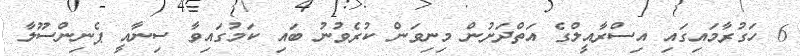
6 ހަގުރާމައިގައި އިސްރާއީލްގެ އަތްދަށުން މިނިވަން ކުރެވުނު ބައި ކަމުގައިވާ ސިނާއީ ޕެނިންސޫލާ